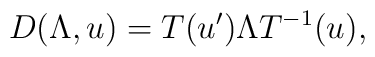
D(\Lambda, u) = T(u') \Lambda T^{-1}(u),